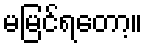
မမြင်ရတော့။